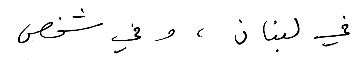
في لبنان، وفي شخص